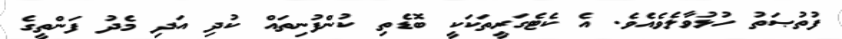
ފުތުޞަތު ހުޅުވާލެވެއެވެ. އެ ކެޓެގަރީތަކަކީ ބޮޑެތި ކުންފުނިތައް ކުދި އަދި މެދު ފަންތީގެ